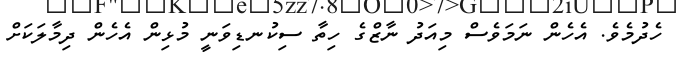
ހެދުމެވެ. އެހެން ނަމަވެސް މިއަދު ނާޒްގެ ހިތާ ސިކުނޑިވަނީ މުޅިން އެހެން ދިމާލަކަށް